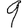
Digit: 9